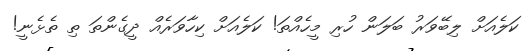
ކަލެއަށް ލިބޭވަރު ބަލަން ހުރި މީހެއްތަ! ކަލެއަށް ކިހާވަރެއް ދީގެންތަ ތި ތެޅެނީ!